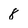
Character: 8